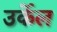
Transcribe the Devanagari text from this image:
उर्केल